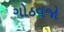
ગોઠવજો